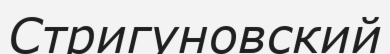
Стригуновский